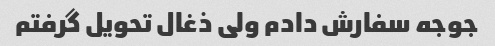
جوجه سفارش دادم ولی ذغال تحویل گرفتم